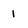
Character: 1